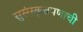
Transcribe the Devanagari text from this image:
सुसंस्कृतपणाची